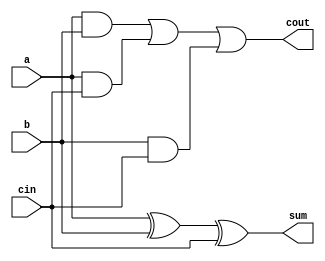
// Kevin Ngo and Jacques Uber
// A full adder

module fulladder(a, b, cin, sum, cout);
    input a, b, cin;
    output sum, cout;

    assign sum = a ^ b ^ cin;
    assign cout = a & b | a & cin | b & cin;
endmodule